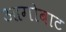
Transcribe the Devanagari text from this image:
आगोबाट